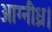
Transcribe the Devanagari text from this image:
आग्नीध्र।